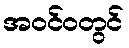
အဝင်ဝတွင်